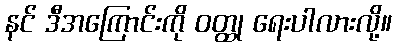
နင် ဒီအကြောင်းကို ဝတ္ထု ရေးပါလားလို့။